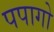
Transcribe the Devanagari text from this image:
पपागो